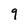
Character: 9